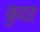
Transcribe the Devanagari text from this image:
कुंदरः